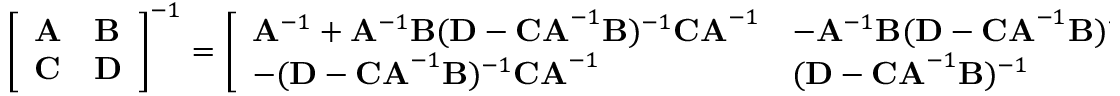
{ \left[ \begin{array} { l l } { \mathbf { A } } & { \mathbf { B } } \\ { \mathbf { C } } & { \mathbf { D } } \end{array} \right] } ^ { - 1 } = { \left[ \begin{array} { l l } { \mathbf { A } ^ { - 1 } + \mathbf { A } ^ { - 1 } \mathbf { B } ( \mathbf { D } - \mathbf { C A } ^ { - 1 } \mathbf { B } ) ^ { - 1 } \mathbf { C A } ^ { - 1 } } & { - \mathbf { A } ^ { - 1 } \mathbf { B } ( \mathbf { D } - \mathbf { C A } ^ { - 1 } \mathbf { B } ) ^ { - 1 } } \\ { - ( \mathbf { D } - \mathbf { C A } ^ { - 1 } \mathbf { B } ) ^ { - 1 } \mathbf { C A } ^ { - 1 } } & { ( \mathbf { D } - \mathbf { C A } ^ { - 1 } \mathbf { B } ) ^ { - 1 } } \end{array} \right] } ,